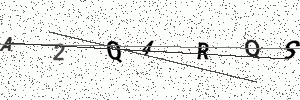
Text: A2Q4RQS